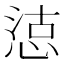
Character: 𢜃